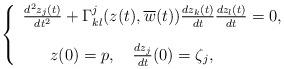
LaTeX: \begin{align*}\left\{ \begin{array}{l}\frac{d^2z_j(t)}{dt^2}+\Gamma^j_{kl}(z(t),\overline{w}(t))\frac{dz_k(t)}{dt}\frac{dz_l(t)}{dt}=0,\medskip\medskip\\ \ \ \ \ \ z(0)=p,\ \ \ \frac{dz_{j}}{dt}(0)=\zeta_j,\end{array}\right.\end{align*}